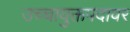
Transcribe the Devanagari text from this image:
उच्चायुक्तपदावर